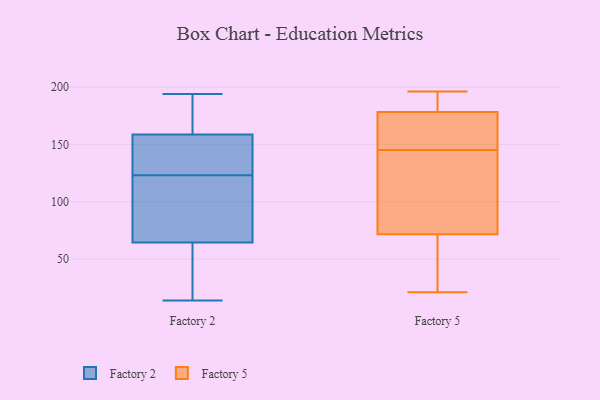
{"axis": {"x": "Net Income (USD K)", "y": "Value"}, "legend": ["Factory 2", "Factory 5"], "data": [{"x": "", "y": 69, "type": "Factory 2"}, {"x": "", "y": 146, "type": "Factory 2"}, {"x": "", "y": 165, "type": "Factory 2"}, {"x": "", "y": 58, "type": "Factory 2"}, {"x": "", "y": 49, "type": "Factory 2"}, {"x": "", "y": 161, "type": "Factory 2"}, {"x": "", "y": 123, "type": "Factory 2"}, {"x": "", "y": 184, "type": "Factory 2"}, {"x": "", "y": 194, "type": "Factory 2"}, {"x": "", "y": 88, "type": "Factory 2"}, {"x": "", "y": 104, "type": "Factory 2"}, {"x": "", "y": 171, "type": "Factory 2"}, {"x": "", "y": 145, "type": "Factory 2"}, {"x": "", "y": 63, "type": "Factory 2"}, {"x": "", "y": 130, "type": "Factory 2"}, {"x": "", "y": 95, "type": "Factory 2"}, {"x": "", "y": 14, "type": "Factory 2"}, {"x": "", "y": 31, "type": "Factory 2"}, {"x": "", "y": 151, "type": "Factory 2"}, {"x": "", "y": 168, "type": "Factory 5"}, {"x": "", "y": 188, "type": "Factory 5"}, {"x": "", "y": 145, "type": "Factory 5"}, {"x": "", "y": 69, "type": "Factory 5"}, {"x": "", "y": 80, "type": "Factory 5"}, {"x": "", "y": 176, "type": "Factory 5"}, {"x": "", "y": 59, "type": "Factory 5"}, {"x": "", "y": 196, "type": "Factory 5"}, {"x": "", "y": 179, "type": "Factory 5"}, {"x": "", "y": 21, "type": "Factory 5"}, {"x": "", "y": 100, "type": "Factory 5"}, {"x": "", "y": 128, "type": "Factory 5"}, {"x": "", "y": 31, "type": "Factory 5"}, {"x": "", "y": 185, "type": "Factory 5"}, {"x": "", "y": 162, "type": "Factory 5"}]}